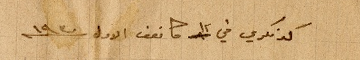
كونكري في ١٢ كانون الاول سنة ١٩٣٠